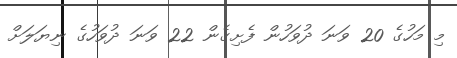
މި މަހުގެ 20 ވަނަ ދުވަހުން ފެށިގެން 22 ވަނަ ދުވަހުގެ ނިޔަލަށް